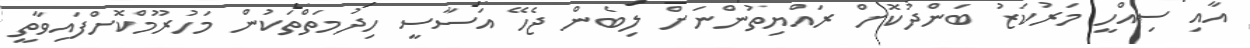
އާއި ސިއްހީ މަރުކަޒު ބަންދުކޮށް ރައްޔިތުންނަށް ލިބެން ޖެހޭ އަސާސީ ހިދުމަތްތަކުން މަހުރޫމްކޮށްފައިވާތީ